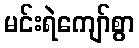
မင်းရဲကျော်စွာ